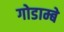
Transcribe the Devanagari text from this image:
गोडाम्बे